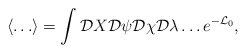
\begin{align*}\left\langle \ldots \right\rangle =\int {\cal D}X{\cal D}\psi{\cal D}\chi{\cal D}\lambda \ldots e^{-{\cal L}_0},\end{align*}